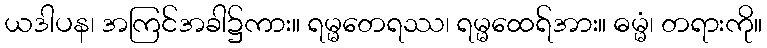
ယဒါပန၊ အကြင်အခါ၌ကား။ ရမ္မတေရဿ၊ ရမ္မထေရ်အား။ ဓမ္မံ၊ တရားကို။